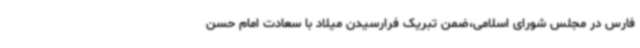
فارس در مجلس شورای اسلامی،ضمن تبریک فرارسیدن میلاد با سعادت امام حسن